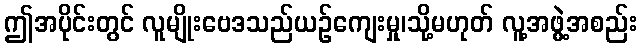
ဤအပိုင်းတွင် လူမျိုးဗေဒသည်ယဉ်ကျေးမှု၊သို့မဟုတ် လူ့အဖွဲ့အစည်း